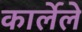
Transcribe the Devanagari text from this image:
कार्लेले